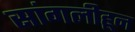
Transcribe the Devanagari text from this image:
सांगलीहून